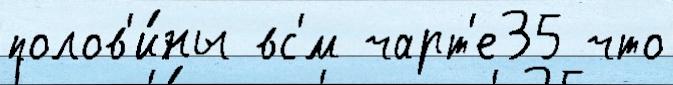
полов'и́ны вс'́м чарт'е35 что